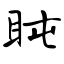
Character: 盹